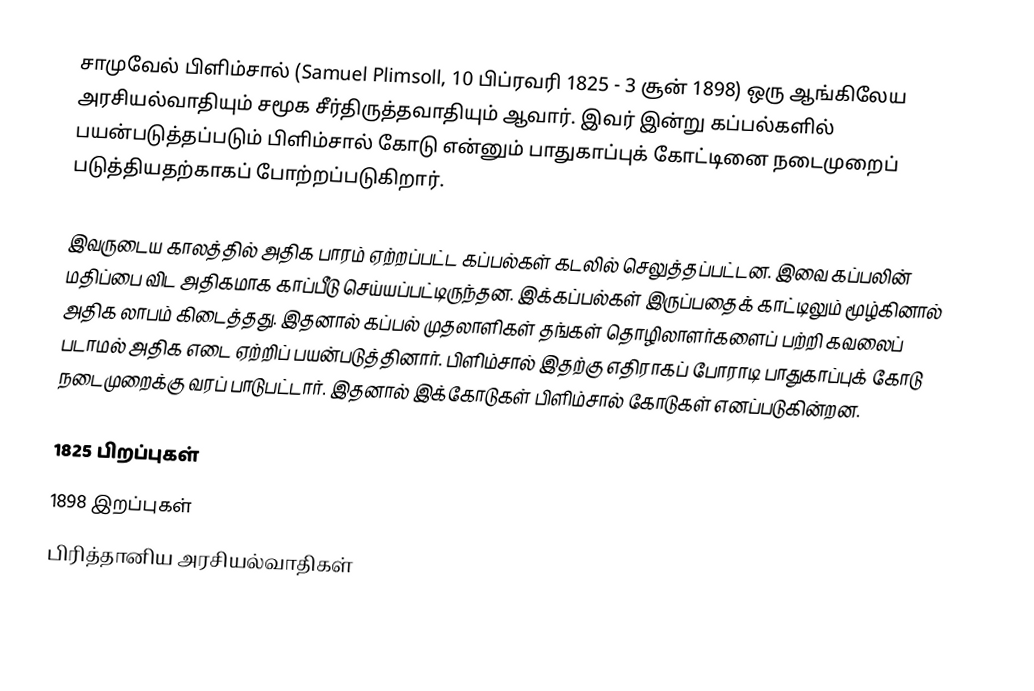
சாமுவேல் பிளிம்சால் (Samuel Plimsoll, 10 பிப்ரவரி 1825 - 3 சூன் 1898) ஒரு ஆங்கிலேய அரசியல்வாதியும் சமூக சீர்திருத்தவாதியும் ஆவார். இவர் இன்று கப்பல்களில் பயன்படுத்தப்படும் பிளிம்சால் கோடு என்னும் பாதுகாப்புக் கோட்டினை நடைமுறைப் படுத்தியதற்காகப் போற்றப்படுகிறார்.

இவருடைய காலத்தில் அதிக பாரம் ஏற்றப்பட்ட கப்பல்கள் கடலில் செலுத்தப்பட்டன. இவை கப்பலின் மதிப்பை விட அதிகமாக காப்பீடு செய்யப்பட்டிருந்தன. இக்கப்பல்கள் இருப்பதைக் காட்டிலும் மூழ்கினால் அதிக லாபம் கிடைத்தது. இதனால் கப்பல் முதலாளிகள் தங்கள் தொழிலாளர்களைப் பற்றி கவலைப் படாமல் அதிக எடை ஏற்றிப் பயன்படுத்தினார். பிளிம்சால் இதற்கு எதிராகப் போராடி பாதுகாப்புக் கோடு நடைமுறைக்கு வரப் பாடுபட்டார். இதனால் இக்கோடுகள் பிளிம்சால் கோடுகள் எனப்படுகின்றன.

1825 பிறப்புகள்
1898 இறப்புகள்
பிரித்தானிய அரசியல்வாதிகள்